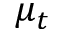
\mu _ { t }